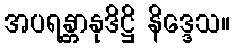
အပရန္တာနုဒိဋ္ဌိ နိဒ္ဒေသ။